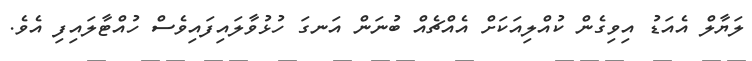
ލަޔާލް އެއަޑު އިވިގެން ކުއްލިއަކަށް އެއްޗެއް ބުނަން އަނގަ ހުޅުވާލައިފައިވެސް ހުއްޓާލައިފި އެވެ.